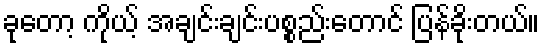
ခုတော့ ကိုယ့် အချင်းချင်းပစ္စည်းတောင် ပြန်ခိုးတယ်။